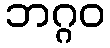
ဘဂ္ဂဝ